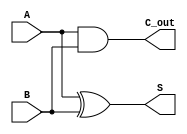
module CarryLookaheadHalfAdder (
    input wire A,      // First operand
    input wire B,      // Second operand
    output wire S,     // Sum output
    output wire C_out  // Carry-out output
);

    // Generate signal: G = A AND B
    wire G = A & B;

    // Propagate signal: P = A XOR B
    wire P = A ^ B;

    // Sum calculation: S = A XOR B
    assign S = P;

    // Carry-out calculation: C_out = G
    assign C_out = G;

endmodule